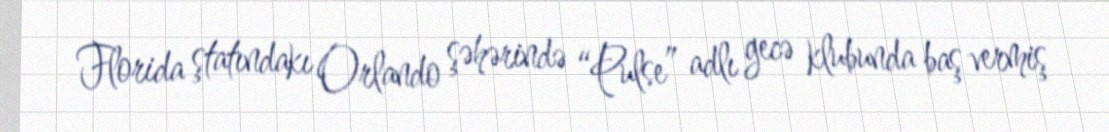
Florida ştatındakı Orlando şəhərində “Pulse” adlı gecə klubunda baş vermiş